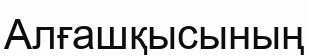
Алғашқысының